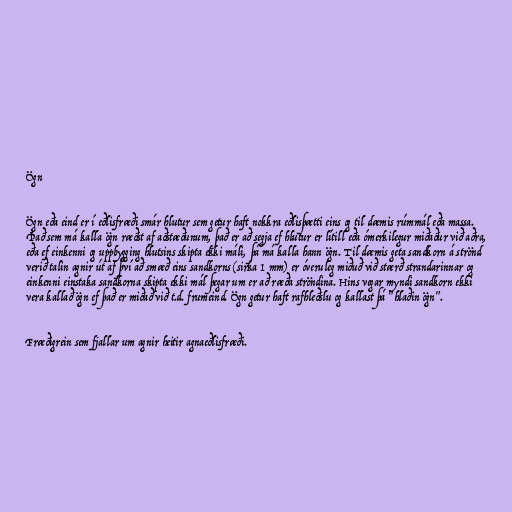
Ögn

Ögn eða eind er í eðlisfræði smár hlutur sem getur haft nokkra eðlisþætti eins og til dæmis rúmmál eða massa.
Það sem má kalla ögn ræðst af aðstæðunum, það er að segja ef hlutur er lítill eða ómerkilegur miðaður við aðra,
eða ef einkenni og uppbygging hlutsins skipta ekki máli, þá má kalla hann ögn. Til dæmis geta sandkorn á strönd
verið talin agnir út af því að smæð eins sandkorns (sirka 1 mm) er óveruleg miðuð við stærð strandarinnar og
einkenni einstaka sandkorna skipta ekki mál þegar um er að ræða ströndina. Hins vegar myndi sandkorn ekki
vera kallað ögn ef það er miðað við t.d. frumeind. Ögn getur haft rafhleðslu og kallast þá "hlaðin ögn".

Fræðigrein sem fjallar um agnir heitir agnaeðlisfræði.